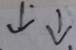
\downarrow ^ { \cdot } \downarrow .